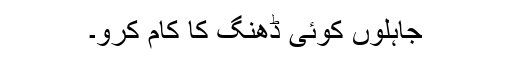
جاہلوں کوئی ڈھنگ کا کام کرو۔